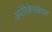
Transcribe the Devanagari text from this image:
अमेरिकेसंबंधात